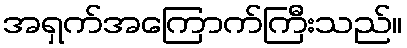
အရှက်အကြောက်ကြီးသည်။